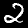
Digit: 2